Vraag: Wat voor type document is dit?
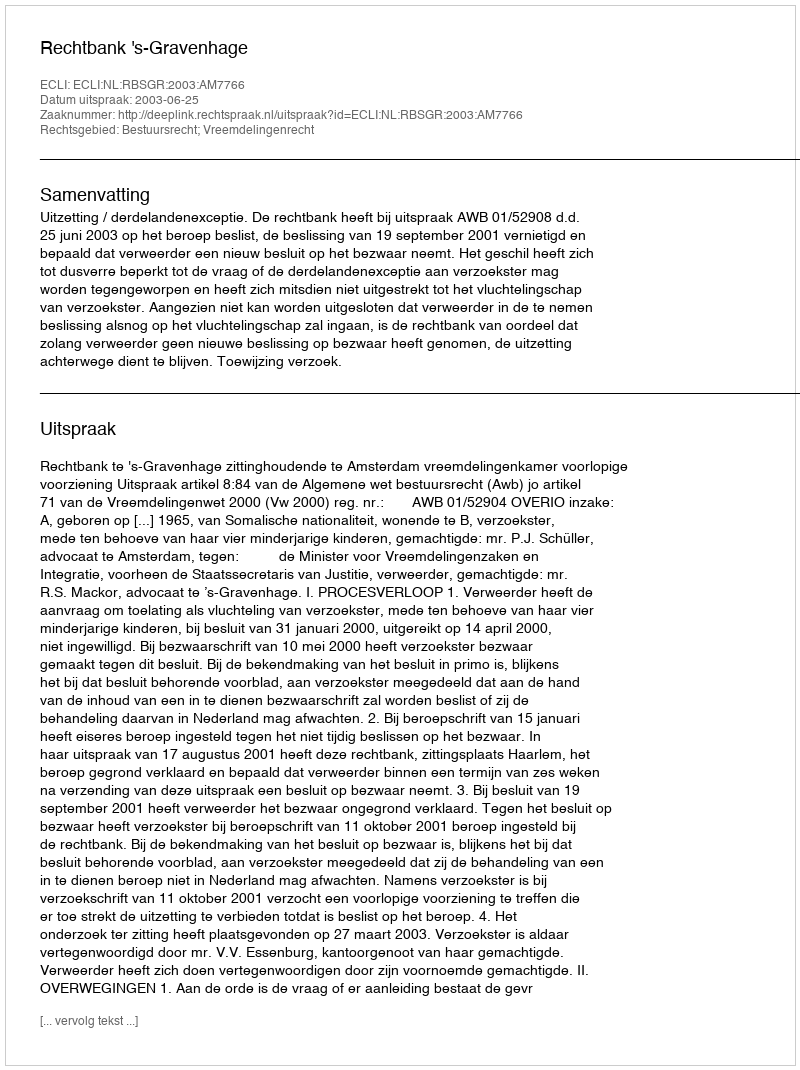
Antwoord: Uitspraak